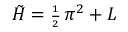
{ \tilde { { \cal H } } } = { \scriptstyle \frac { 1 } { 2 } } \, \pi ^ { 2 } + { \cal L }